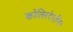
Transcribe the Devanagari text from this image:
कोलिस्टेरामिन